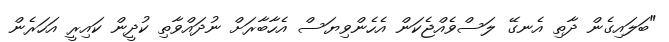
"ބަލައިގެން ދާތި އެނގޭ ލަސްވެއްޖެކަން އެހެންވިޔަސް އެހާބާރަށް ނުދައްވާތި ކުދީން ކައިރީ އަހަރެން